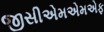
જીસીએમએમએફ